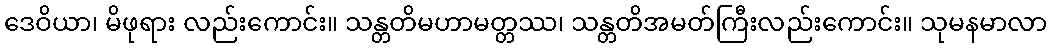
ဒေဝိယာ၊ မိဖုရား လည်းကောင်း။ သန္တတိမဟာမတ္တဿ၊ သန္တတိအမတ်ကြီးလည်းကောင်း။ သုမနမာလာ